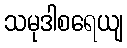
သမုဒါစရေယျ